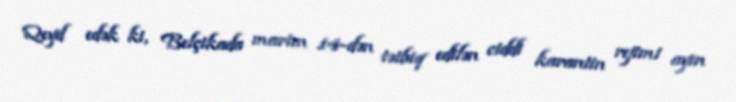
Qeyd edək ki, Belçikada martın 14-dən tətbiq edilən ciddi karantin rejimi ayın